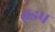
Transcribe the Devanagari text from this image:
त़डप